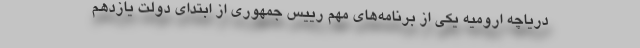
دریاچه ارومیه یکی از برنامه‌های مهم رییس جمهوری از ابتدای دولت یازدهم